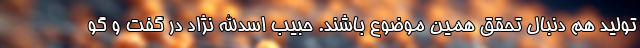
تولید هم دنبال تحقق همین موضوع باشند. حبیب اسدالله نژاد در گفت و گو